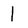
Character: 1